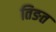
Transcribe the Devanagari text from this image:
तिङत